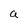
Character: a